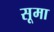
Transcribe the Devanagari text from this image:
सूमा